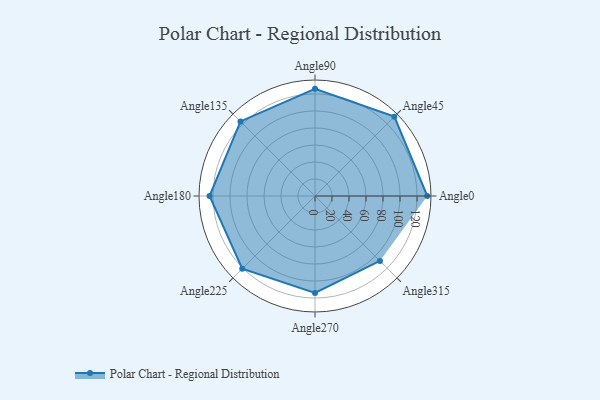
{"axis": {"x": "Angle", "y": "Radius"}, "legend": [""], "data": [{"x": "Angle0", "y": 132.0, "type": ""}, {"x": "Angle45", "y": 132.0, "type": ""}, {"x": "Angle90", "y": 126.0, "type": ""}, {"x": "Angle135", "y": 124.0, "type": ""}, {"x": "Angle180", "y": 124.0, "type": ""}, {"x": "Angle225", "y": 121.0, "type": ""}, {"x": "Angle270", "y": 114.0, "type": ""}, {"x": "Angle315", "y": 108.0, "type": ""}]}